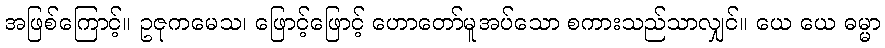
အဖြစ်ကြောင့်။ ဥဇုကမေသ၊ ဖြောင့်ဖြောင့် ဟောတော်မူအပ်သော စကားသည်သာလျှင်။ ယေ ယေ ဓမ္မာ